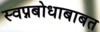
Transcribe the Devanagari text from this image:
स्वप्नबोधाबाबत